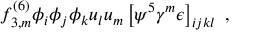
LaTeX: f _ { 3 , m } ^ { ( 6 ) } \phi _ { i } \phi _ { j } \phi _ { k } u _ { l } u _ { m } \left[ \psi ^ { 5 } \gamma ^ { m } \epsilon \right] _ { i j k l } \ ,